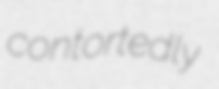
contortedly